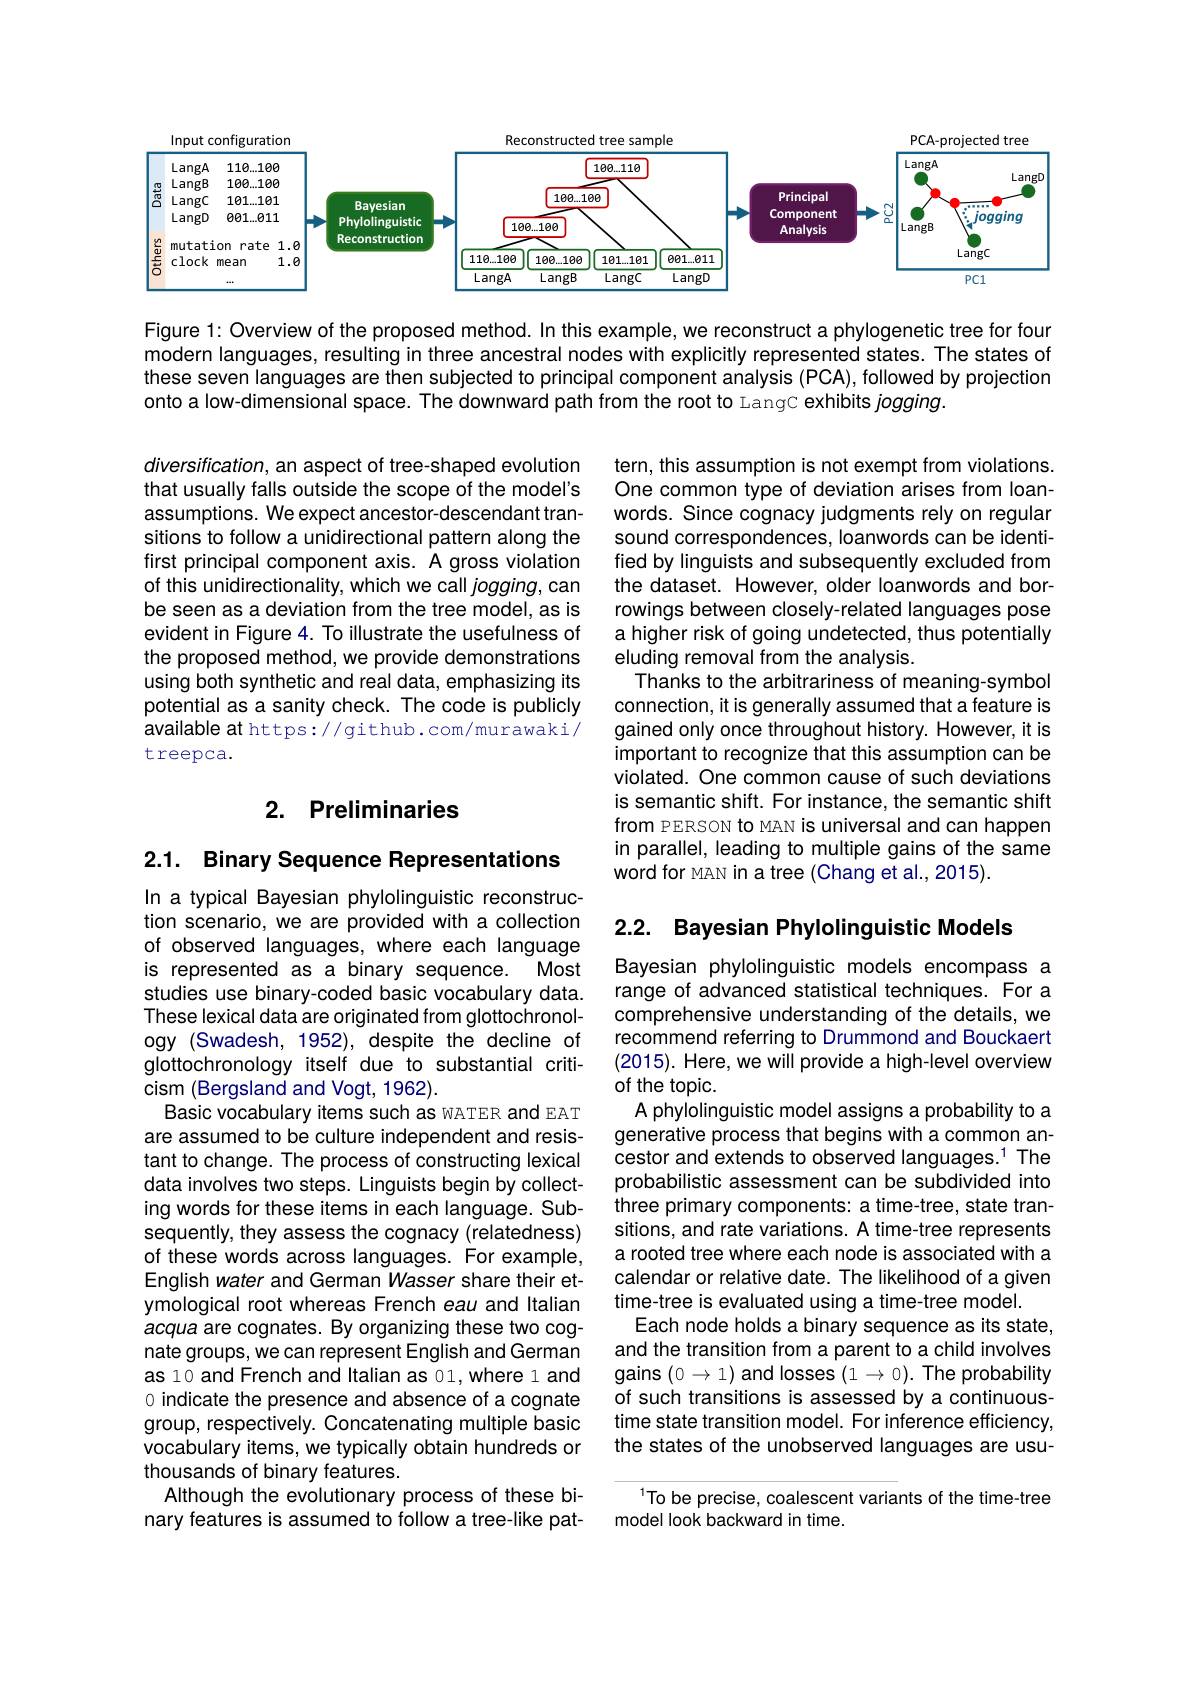
<FigureHere>

Figure 1: Overview of the proposed method. In this example, we reconstruct a phylogenetic tree for four modern languages, resulting in three ancestral nodes with explicitly represented states. The states of these seven languages are then subjected to principal component analysis (PCA), followed by projection onto a low-dimensional space. The downward path from the root to LangC exhibits $jogging.$

diversification, an aspect of tree-shaped evolution that usually falls outside the scope of the model's assumptions. We expect ancestor-descendant transitions to follow a unidirectional pattern along the first principal component axis. A gross violation of this unidirectionality, which we call jogging, can be seen as a deviation from the tree model, as is evident in Figure 4. To illustrate the usefulness of the proposed method, we provide demonstrations using both synthetic and real data, emphasizing its potential as a sanity check. The code is publicly available at https://github.com/murawaki/ treepca.

tern, this assumption is not exempt from violations. One common type of deviation arises from loanwords. Since cognacy judgments rely on regular sound correspondences, loanwords can be identified by linguists and subsequently excluded from the dataset. However, older loanwords and borrowings between closely-related languages pose a higher risk of going undetected, thus potentially eluding removal from the analysis.
Thanks to the arbitrariness of meaning-symbol connection, it is generally assumed that a feature is gained only once throughout history. However, it is important to recognize that this assumption can be violated. One common cause of such deviations is semantic shift. For instance, the semantic shift from PERSON to MAN is universal and can happen in parallel, leading to multiple gains of the same word for MAN in a tree (Chang et al.,2015).

## 2. Preliminaries

2.1. Binary Sequence Representations

## 2.2. Bayesian Phylolinguistic Models

Bayesian phylolinguistic models encompass a range of advanced statistical techniques. For a comprehensive understanding of the details, we recommend referring to Drummond and Bouckaert (2015). Here, we will provide a high-level overview of the topic.
A phylolinguistic model assigns a probability to a generative process that begins with a common ancestor and extends to observed languages.$^{1}$ The probabilistic assessment can be subdivided into three primary components: a time-tree, state transitions, and rate variations. A time-tree represents a rooted tree where each node is associated with a calendar or relative date. The likelihood of a given time-tree is evaluated using a time-tree model.
Each node holds a binary sequence as its state, and the transition from a parent to a child involves gains $(0\to1)$ and losses $(1\to0).$ The probability of such transitions is assessed by a continuoustime state transition model. For inference efficiency, the states of the unobserved languages are usu-

In a typical Bayesian phylolinguistic reconstruction scenario, we are provided with a collection of observed languages, where each language
Most
is represented as a binary sequence.
studies use binary-coded basic vocabulary data. These lexical data are originated from glottochronology (Swadesh, 1952), despite the decline of glottochronology itself due to substantial criticism (Bergsland and Vogt, 1962).
Basic vocabulary items such as wATER and EAT are assumed to be culture independent and resistant to change. The process of constructing lexical data involves two steps. Linguists begin by collecting words for these items in each language. Subsequently, they assess the cognacy (relatedness) of these words across languages. For example, English water and German Wasser share their etymological root whereas French eau and Italian acqua are cognates. By organizing these two cognate groups, we can represent English and German as 10 and French and Italian as 01, where 1 and 0 indicate the presence and absence of a cognate group, respectively. Concatenating multiple basic vocabulary items, we typically obtain hundreds or thousands of binary features.
Although the evolutionary process of these binary features is assumed to follow a tree-like pat-

To be precise, coalescent variants of the time-tree
model look backward in time.